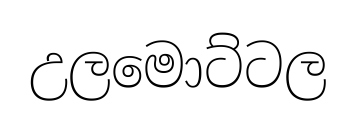
උලමොට්ටල